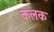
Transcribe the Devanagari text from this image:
कलक